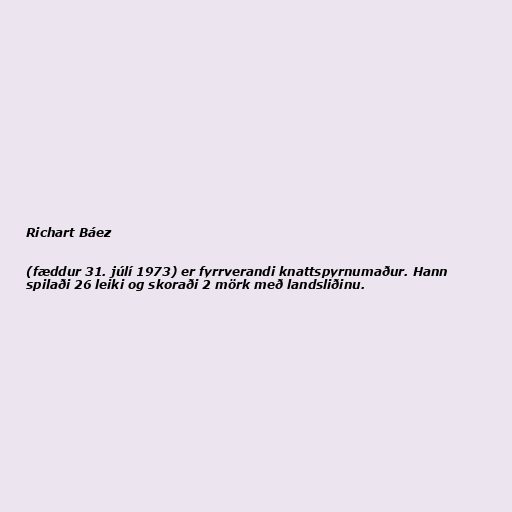
Richart Báez

(fæddur 31. júlí 1973) er fyrrverandi knattspyrnumaður. Hann
spilaði 26 leiki og skoraði 2 mörk með landsliðinu.